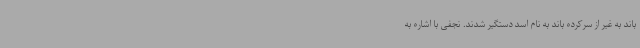
باند به غیر از سرکرده باند به نام اسد دستگیر شدند. نجفی با اشاره به